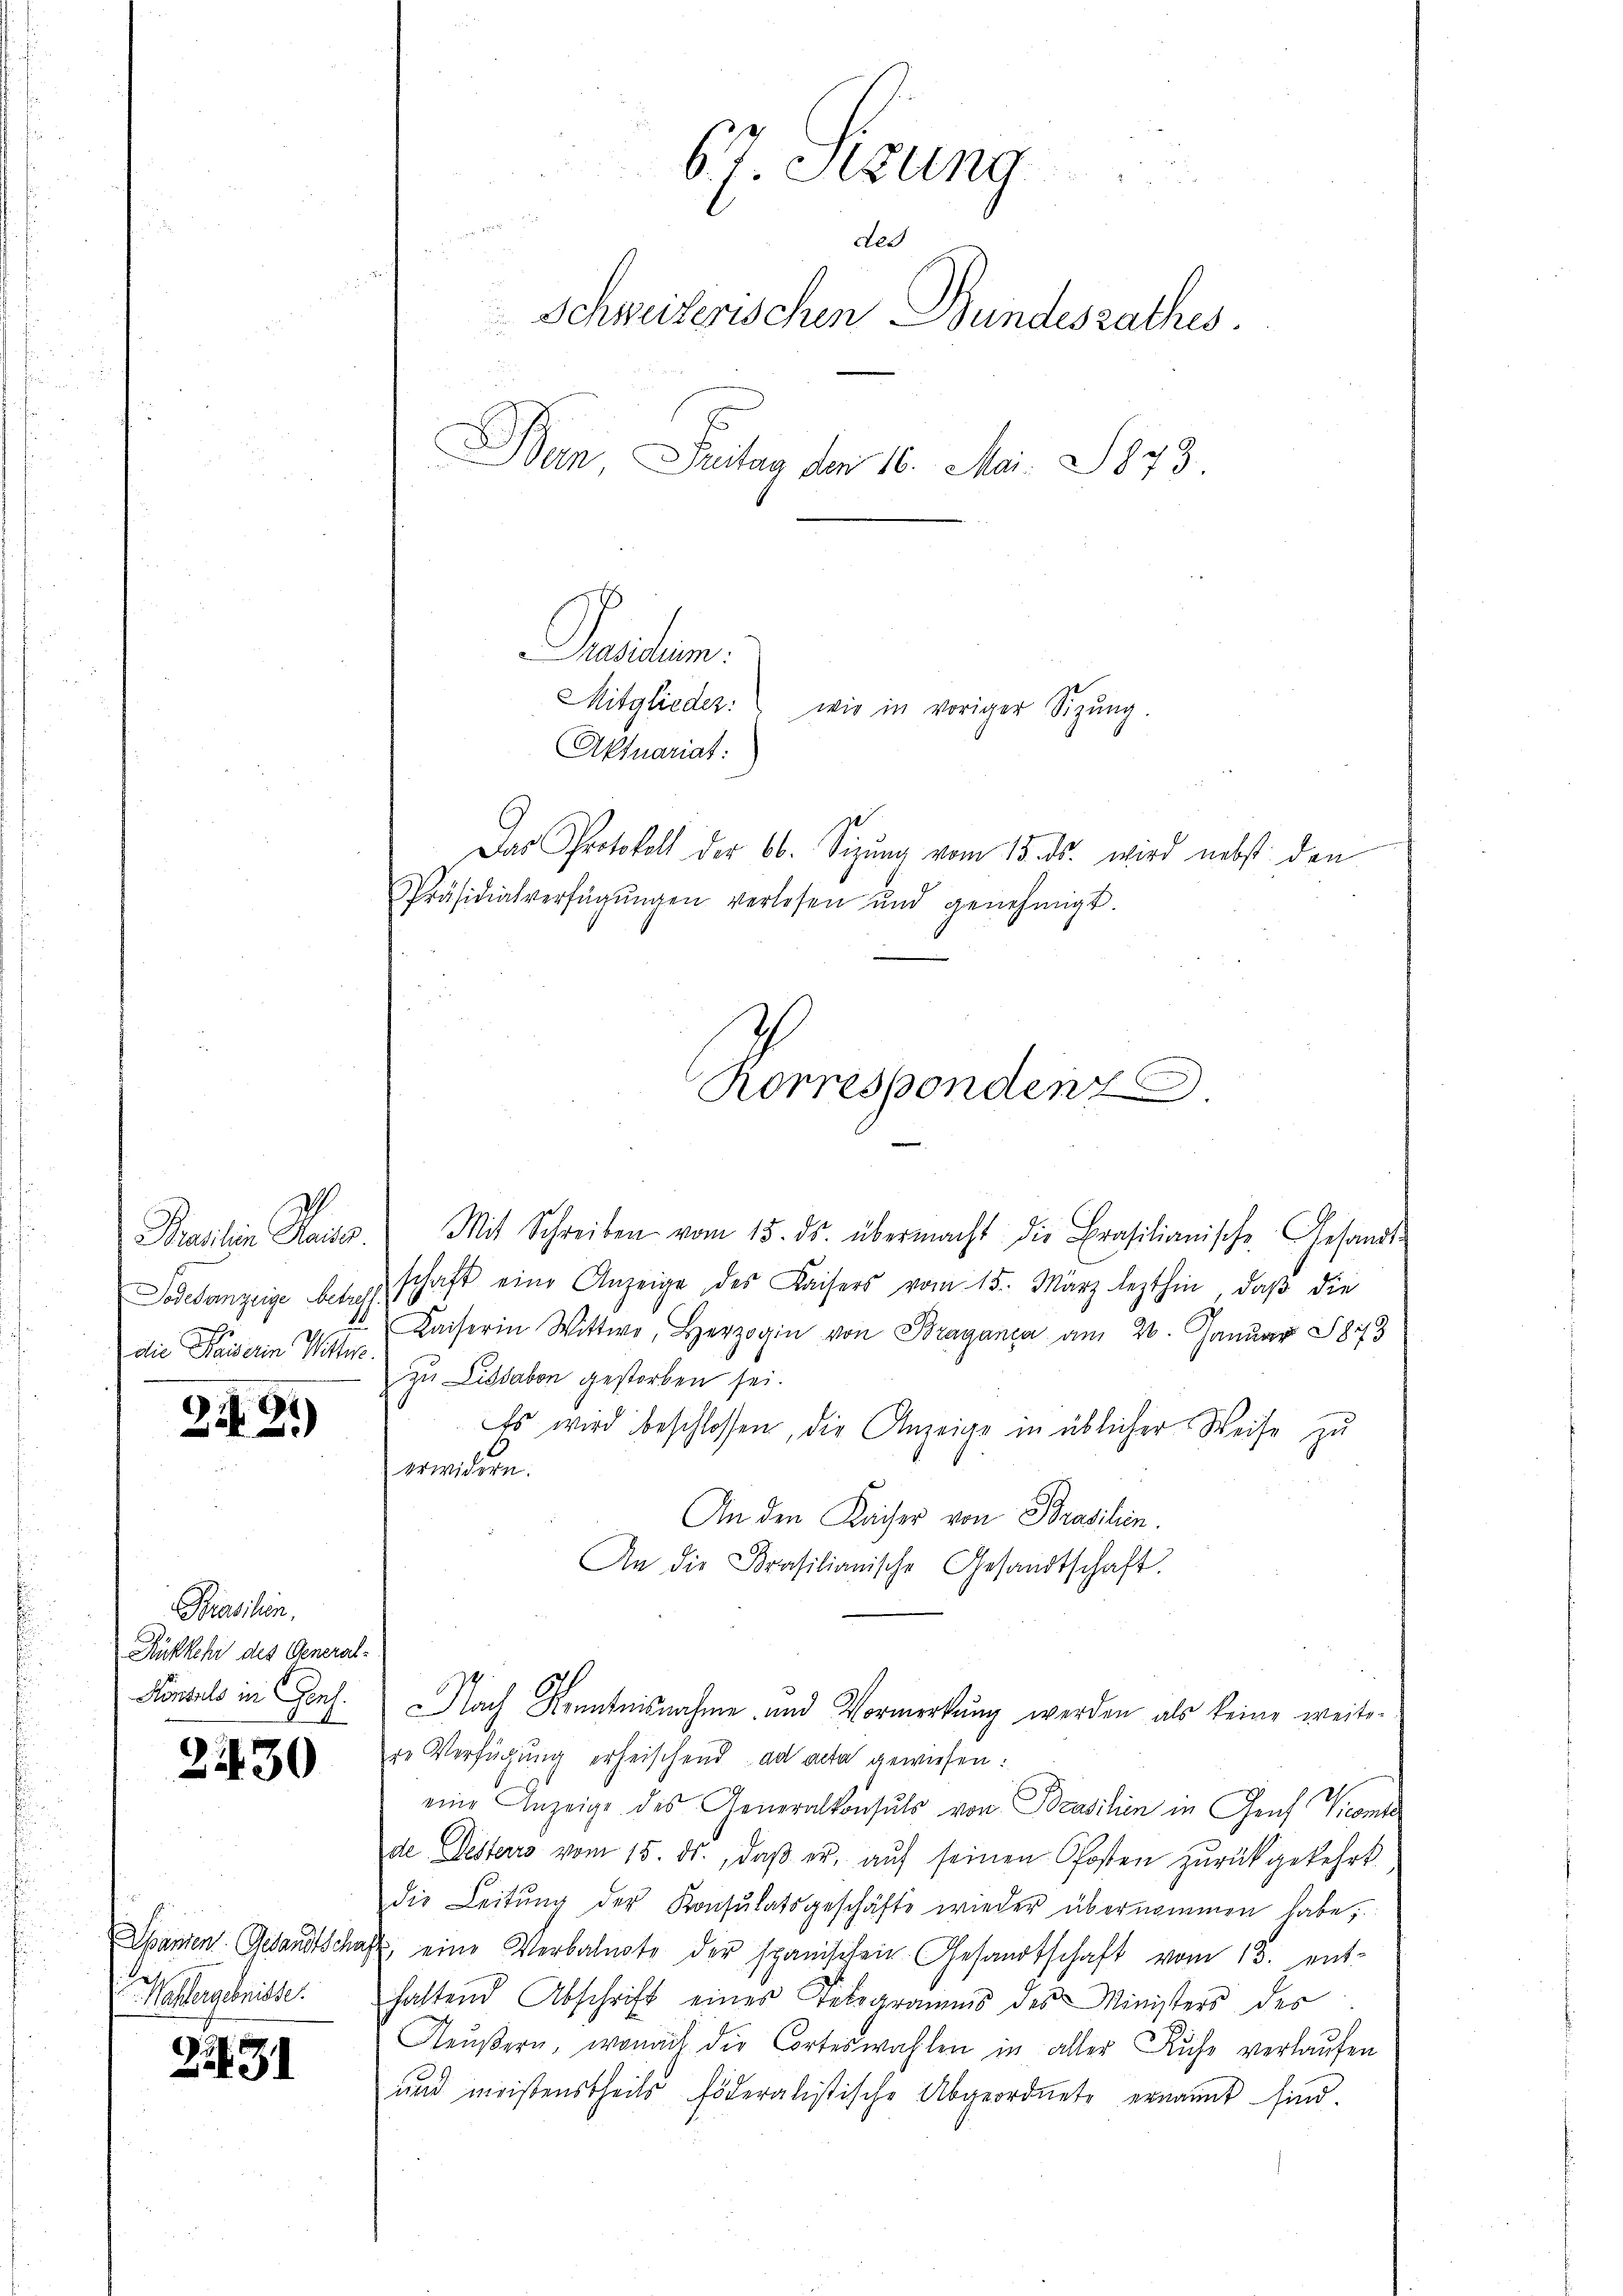
h
Brasilien Kaise.
Todesanzeige betreff
die Kaiserin Wettere

22

21)

Brasilien.
Rükkehr des General-
d

2430

Waffergebnisse.

2231

Mit Schreiben vom 15. ds. übermacht die Brasilianische Gesandt-
schaft eine Anzeige des Kaisers vom 15. März lezthin, daβ die
Kaiserin Wittwe, Herzogin von Braganca am 20. Januar 183
zu Lissabon gestorben sei.
Es wird beschlossen, die Anzeige in üblicher Weise zu
erwidern.
An den Kaiser von Brasilien.
An die Prasilianische Gesandtschaft.
Konsuls in Seel. Nach Kenntnisnahme und Vormerkung werden als keine weitere Verfügung erheischend ad acta gewiesen:
eine Anzeige des Generalkonsuls von Brasilien in Genf Vicent
de Desteris vom 15. ds., daβ er, aŭf seinen Pfosten zŭrückgekehrt
die Leitŭng der Konsulatsgeschäfte wieder übernommen habe;
Spänen Gesandtschaft eine Verbalnote der spanischen Gesandtschaft vom 12. ent-
haltend Abschrift eines Telegramms des Ministers des
Neŭβern, wonach die Corteswahlen in aller Ruhe verlaufen
und meistenstheils höderalistische Abgeordnete ernannt sind.

6 J. Sizung

dee
Schweizerischen Bundesrathes.
Ban Seitag den 16. Mai. 1873.

Mitglieder:
wie in voriger Sitzung.
Aktuariat:
Das Protokoll der 60. Sizŭng vom 15. ds. wird nebst den
Präsidialverfügŭngen verlesen und genehmigt.

Pusitum.

Korrespondenz.